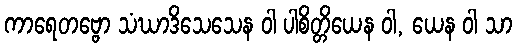
ကာရေတဗ္ဗော သံဃာဒိသေသေန ဝါ ပါစိတ္တိယေန ဝါ, ယေန ဝါ သာ